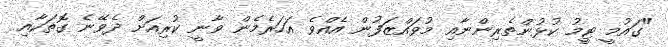
"ގައުމީ ޓީމު ކުޅުންތެރިންނާއި މުވައްޒަފުން އެއްވެ އަހަރެމެން ވާނީ ކުރިއަށް ދެވޭނެ ގޮތަކާއި